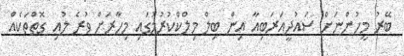
ބޭރު މީހުންނަށް ސައުދީއަރަބިއާ އިން ބިލް މިލްކްކުރުމުގައި މިހާރަށް ވުރެ ލުއި ގޮތްތަކެއް